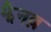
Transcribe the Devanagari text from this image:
झैनब़